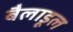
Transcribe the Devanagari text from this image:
बैलाडूल